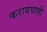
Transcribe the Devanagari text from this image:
करायचाही